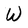
Character: W